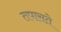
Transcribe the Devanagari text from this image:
तपासते